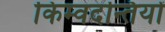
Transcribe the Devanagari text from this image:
किम्वदन्तियों